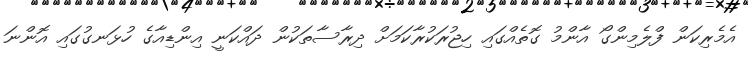
އެމެރިކަން ފްލެމިންގޯ އާންމު ގޮތެއްގައި ހިޖުރަކުރާކަމަށް ދިރާސާތަކުން ދައްކަނީ އިންޑިއާގެ ހުޅަނގުގައި އޮންނަ